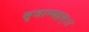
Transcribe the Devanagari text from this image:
सृजाम्यहम्।।